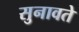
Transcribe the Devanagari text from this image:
सुनावते